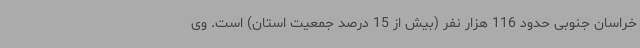
خراسان جنوبی حدود 116 هزار نفر (بیش از 15 درصد جمعیت استان) است. وی